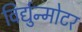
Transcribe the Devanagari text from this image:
विर्द्युन्मोटर